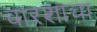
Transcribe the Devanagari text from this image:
वारशाचा